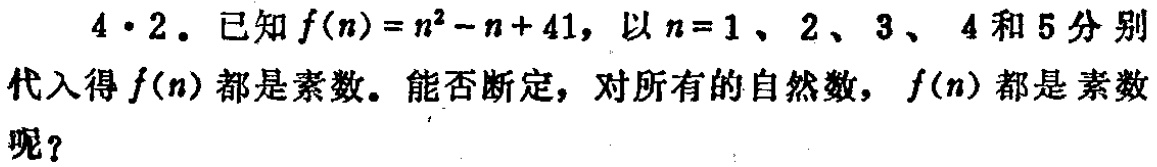
4·2. 已知\(f(n)=n^{2}-n + 41\)，以\(n = 1\)、\(2\)、\(3\)、\(4\)和\(5\)分别代入得\(f(n)\)都是素数。能否断定，对所有的自然数，\(f(n)\)都是素数呢？